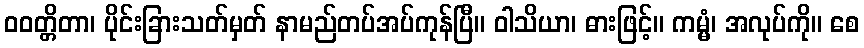
ဝဝတ္တိတာ၊ ပိုင်းခြားသတ်မှတ် နာမည်တပ်အပ်ကုန်ပြီ။ ဝါသိယာ၊ ဓားဖြင့်။ ကမ္မံ၊ အလုပ်ကို။ စေ